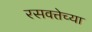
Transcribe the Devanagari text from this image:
रसवत्तेच्या